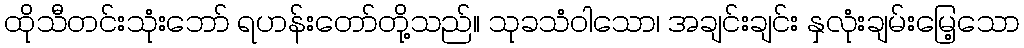
ထိုသီတင်းသုံးဘော် ရဟန်းတော်တို့သည်။ သုခသံဝါသော၊ အချင်းချင်း နှလုံးချမ်းမြေ့သော